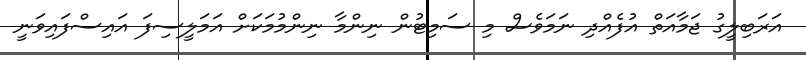
އަރަބިލީގު ޖަމާއަތް އުފެއްދި ނަމަވެސް މި ސަމިޓުން ނިންމާ ނިންމުމަކަށް އަމަލީސިފަ އައިސްފައިވަނީ